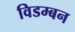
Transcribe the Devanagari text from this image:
विडम्बन